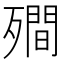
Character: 𭮣